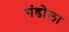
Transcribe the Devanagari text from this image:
गंडोला